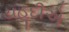
યહૂદીએ